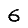
Digit: 6